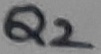
Text: Q2